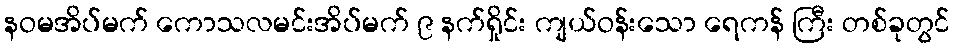
နဝမအိပ်မက် ကောသလမင်းအိပ်မက် ၉ နက်ရှိုင်း ကျယ်ဝန်းသော ရေကန် ကြီး တစ်ခုတွင်